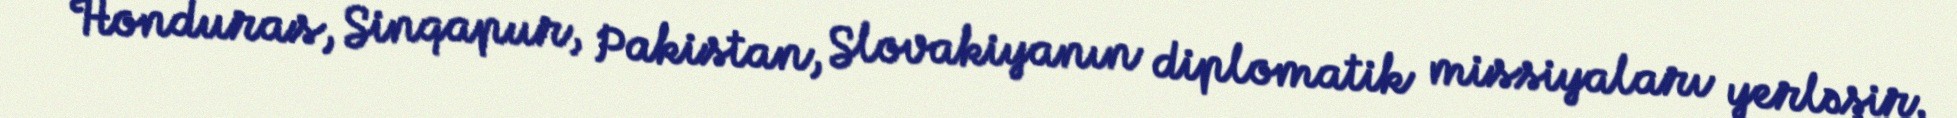
Honduras, Sinqapur, Pakistan, Slovakiyanın diplomatik missiyaları yerləşir.